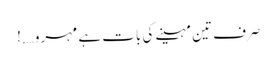
صرف تین مہینے کی بات ہے مہرو….!